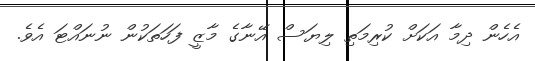
އެހެން ދިމާ އަކަށް ކުރިމަތި ލިޔަސް އޭނާގެ މާޒީ ފަހަތަކުން ނުނައްޓަ އެވެ.